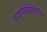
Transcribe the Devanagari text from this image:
राजानोयुधिदुष्टवाजिन